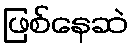
ဖြစ်နေဆဲ